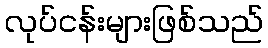
လုပ်ငန်းများဖြစ်သည်